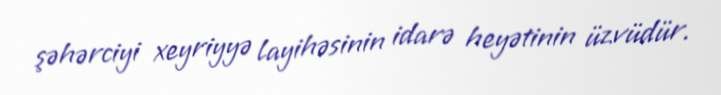
şəhərciyi xeyriyyə layihəsinin idarə heyətinin üzvüdür.